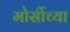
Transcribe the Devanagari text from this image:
मोर्सीच्या